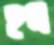
হন